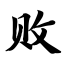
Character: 败